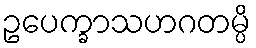
ဥပေက္ခာသဟဂတမ္ပိ